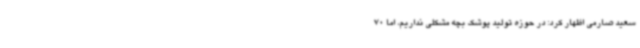
سعید صارمی اظهار کرد: در حوزه تولید پوشک بچه مشکلی نداریم، اما 70